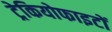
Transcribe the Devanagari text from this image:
ट्रेकियोफाइटों